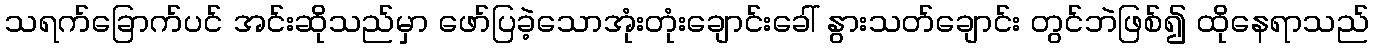
သရက်ခြောက်ပင် အင်းဆိုသည်မှာ ဖော်ပြခဲ့သောအုံးတုံးချောင်းခေါ် နွားသတ်ချောင်း တွင်ဘဲဖြစ်၍ ထိုနေရာသည်